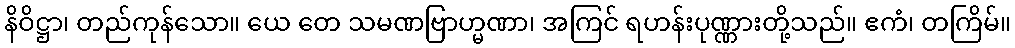
နိဝိဋ္ဌာ၊ တည်ကုန်သော။ ယေ တေ သမဏဗြာဟ္မဏာ၊ အကြင် ရဟန်းပုဏ္ဏားတို့သည်။ ဧကံ၊ တကြိမ်။